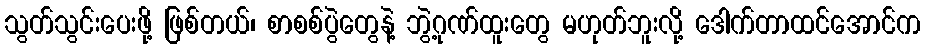
သွတ်သွင်းပေးဖို့ ဖြစ်တယ်၊ စာစစ်ပွဲတွေနဲ့ ဘွဲ့ဂုဏ်ထူးတွေ မဟုတ်ဘူးလို့ ဒေါက်တာထင်အောင်က